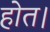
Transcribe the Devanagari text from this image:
होत।